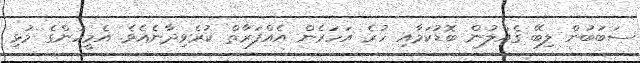
ސަބަބުން ލިބޭ ގެއްލުން ބޮޑުކަމާއި ހުރެ އަހަރެން އެއްފަރާތް ކުރެވިދާނެއެވެ. އެމީހުންގެ މުޅި